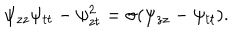
\psi _ { z z } \psi _ { t t } - \psi _ { z t } ^ { 2 } = \sigma ( \psi _ { z z } - \psi _ { t t } ) .